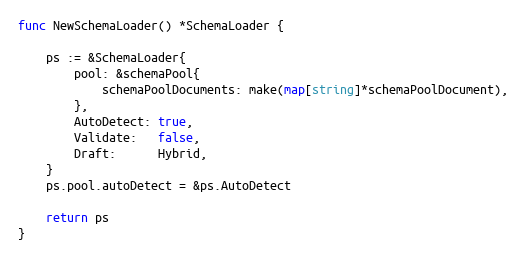
Language: Go
func NewSchemaLoader() *SchemaLoader {

	ps := &SchemaLoader{
		pool: &schemaPool{
			schemaPoolDocuments: make(map[string]*schemaPoolDocument),
		},
		AutoDetect: true,
		Validate:   false,
		Draft:      Hybrid,
	}
	ps.pool.autoDetect = &ps.AutoDetect

	return ps
}